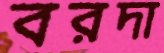
বরদা